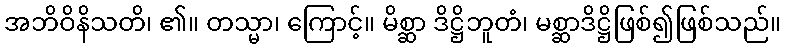
အဘိဝိနိသတိ၊ ၏။ တသ္မာ၊ ကြောင့်။ မိစ္ဆာ ဒိဋ္ဌိဘူတံ၊ မစ္ဆာဒိဋ္ဌိဖြစ်၍ဖြစ်သည်။